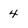
Character: 4